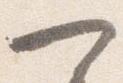
可